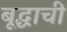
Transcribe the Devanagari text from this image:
बूद्धाची